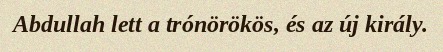
Abdullah lett a trónörökös, és az új király.